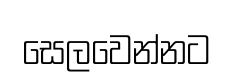
සෙලවෙන්නට